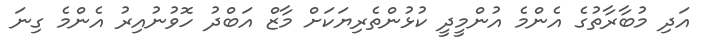
އަދި މުބާރާތުގެ އެންމެ އުންމީދީ ކުޅުންތެރިޔަކަށް މާޒް އަބްދު ހޮވުނުއިރު އެންމެ ގިނަ